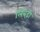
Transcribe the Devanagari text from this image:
लिंबड़ी